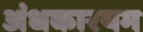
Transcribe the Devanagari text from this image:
अंधकारयम